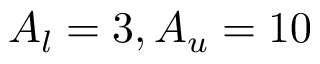
A _ { l } = 3 , A _ { u } = 1 0